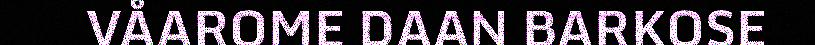
VÅAROME DAAN BARKOSE